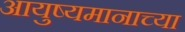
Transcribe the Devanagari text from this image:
आयुष्यमानाच्या